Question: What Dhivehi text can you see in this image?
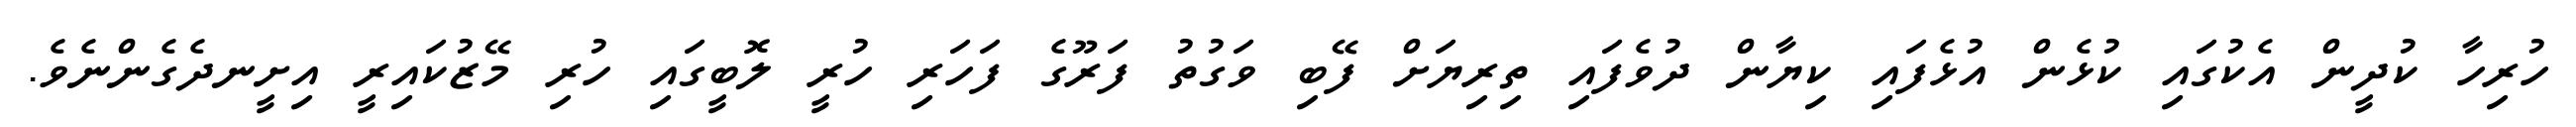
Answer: ހުރިހާ ކުދީން އެކުގައި ކުޅެން އުޅެފައި ކިޔާން ދުވެފައި ތިރިޔަށް ފޭބި ވަގުތު ފަރޫގެ ފަހަރި ހުރީ ލޮބީގައި ހުރި މޭޒުކައިރީ އިށީނދެގެންނެވެ.